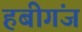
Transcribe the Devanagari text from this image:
हबीगंज